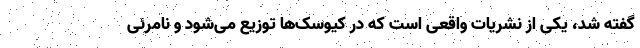
گفته شد، یکی از نشریات واقعی است که در کیوسک‌ها توزیع می‌شود و نامرئی